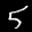
Label: 5